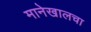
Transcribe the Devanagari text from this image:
मानेखालचा